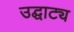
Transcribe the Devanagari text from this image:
उद्घाट्य